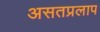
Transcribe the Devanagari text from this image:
असतप्रलाप